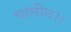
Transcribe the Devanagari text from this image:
घालीन।।